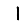
Digit: 1